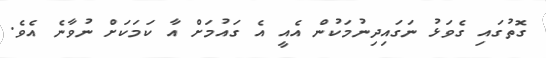
ގޮތުގައި ގެވަޅު ނަގައިދިނުމަކުން އެއީ އެ ގައުމަށް އާ ކަމަކަށް ނުވާނެ އެވެ.